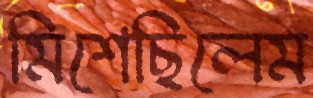
মিশেছিলেম